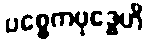
ပစ္စေကဗုဒ္ဓေဟိ